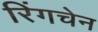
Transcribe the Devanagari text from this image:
रिंगचेन